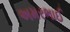
અમરભાઈ